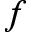
f